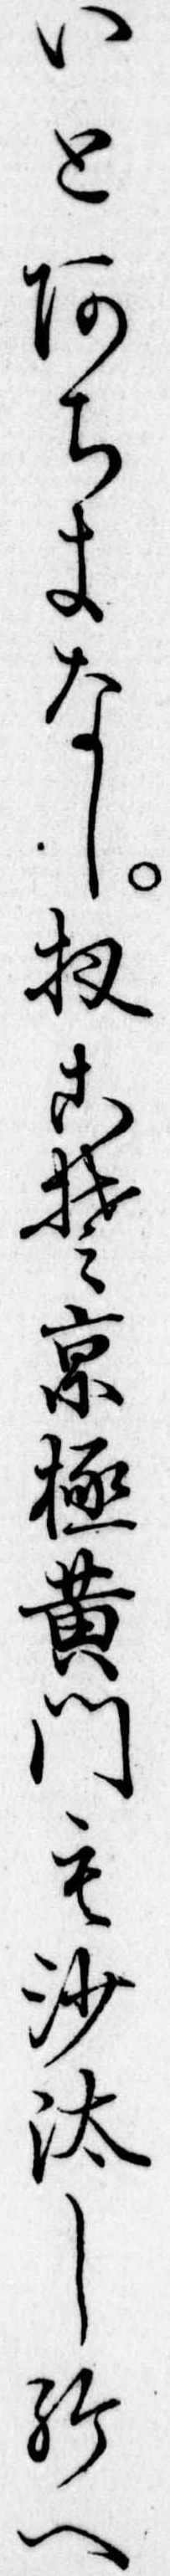
いとあちきなし扨こそ京極黄門も沙汰し給へ